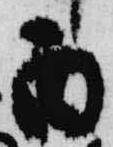
酉